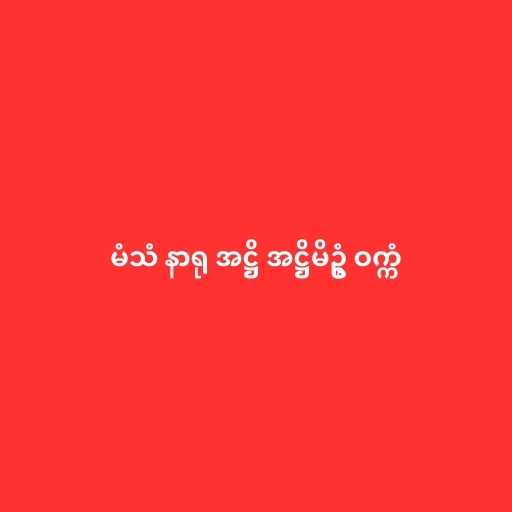
မံသံ နာရု အဋ္ဌိ အဋ္ဌိမိဥ္စံ ဝက္ကံ